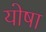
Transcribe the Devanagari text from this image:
योषा